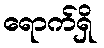
ရောက်ရှိ